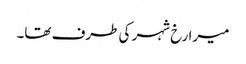
میرا رخ شہر کی طرف تھا۔